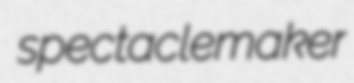
spectaclemaker